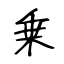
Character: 乗